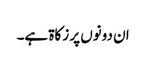
ان دونوں پر زکاۃ ہے۔